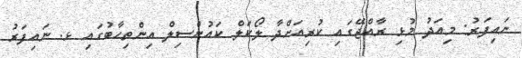
ނައިފަރު: މިއަދު މުޅި ރާއްޖޭގައި ކުރިއަށްދާ ލޯކަލް ކައުންސިލް އިންތިހާބުގައި ޅ. ނައިފަރު